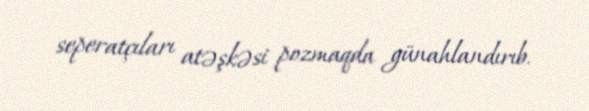
seperatçıları atəşkəsi pozmaqda günahlandırıb.